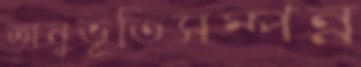
অনুভূতিসম্পন্ন